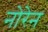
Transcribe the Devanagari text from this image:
नोरेन